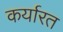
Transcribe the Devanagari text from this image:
कर्यारत